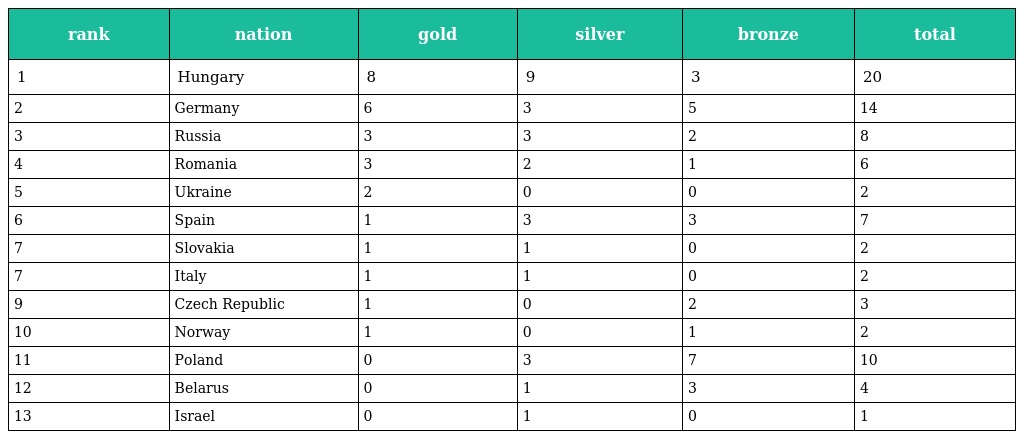
| rank | nation | gold | silver | bronze | total |
 | --- | --- | --- | --- | --- | --- |
 | 1 | Hungary | 8 | 9 | 3 | 20 |
 | 2 | Germany | 6 | 3 | 5 | 14 |
 | 3 | Russia | 3 | 3 | 2 | 8 |
 | 4 | Romania | 3 | 2 | 1 | 6 |
 | 5 | Ukraine | 2 | 0 | 0 | 2 |
 | 6 | Spain | 1 | 3 | 3 | 7 |
 | 7 | Slovakia | 1 | 1 | 0 | 2 |
 | 7 | Italy | 1 | 1 | 0 | 2 |
 | 9 | Czech Republic | 1 | 0 | 2 | 3 |
 | 10 | Norway | 1 | 0 | 1 | 2 |
 | 11 | Poland | 0 | 3 | 7 | 10 |
 | 12 | Belarus | 0 | 1 | 3 | 4 |
 | 13 | Israel | 0 | 1 | 0 | 1 |